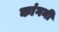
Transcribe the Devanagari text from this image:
कांगनी